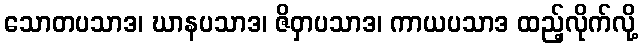
သောတပသာဒ၊ ဃာနပသာဒ၊ ဇိဝှာပသာဒ၊ ကာယပသာဒ ထည့်လိုက်လို့